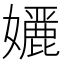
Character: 𭒭